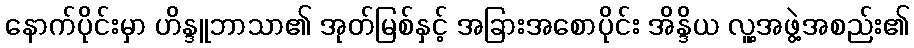
နောက်ပိုင်းမှာ ဟိန္ဒူဘာသာ၏ အုတ်မြစ်နှင့် အခြားအစောပိုင်း အိန္ဒိယ လူ့အဖွဲ့အစည်း၏